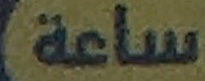
ساعة